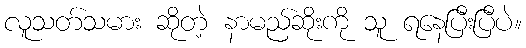
လူသတ်သမား ဆိုတဲ့ နာမည်ဆိုးကို သူ ရနေပြီးပြီပဲ။